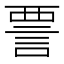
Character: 𫌺